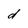
Character: d